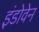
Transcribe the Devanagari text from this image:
इंडोवेन